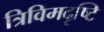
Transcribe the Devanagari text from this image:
त्रिविमदृष्टि